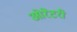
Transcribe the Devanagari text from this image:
ओरेटरी